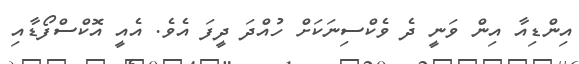
އިންޑިއާ އިން ވަނީ ދެ ވެކްސިނަކަށް ހުއްދަ ދީފަ އެވެ. އެއީ އޮކްސްފޯޑާއި